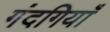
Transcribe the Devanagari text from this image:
गंदगियाँ